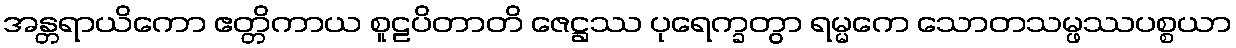
အန္တရာယိကော ဧတ္တိကာယ စူဠပိတာတိ ဇေဋ္ဌဿ ပုရေက္ခတွာ ရမ္မကေ သောတသမ္ဖဿပစ္စယာ